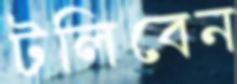
টলিবেন